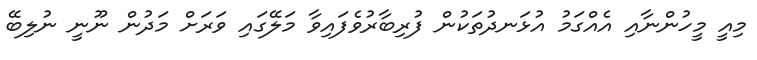
މިއީ މީހުންނާއި އެއްގަމު އުޅަނދުތަކުން ފުރިބާރުވެފައިވާ މަލޭގައި ވަރަށް މަދުން ނޫނީ ނުލިބޭ